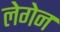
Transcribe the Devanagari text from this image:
लेगेन